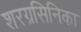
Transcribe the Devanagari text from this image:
शरग्रसिनिका